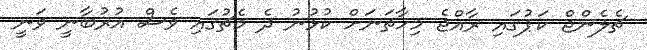
ޗެލެންޖް ކަޕުގައި ރާއްޖެ މިހާތަނަށް ކުޅުނު ދެ މެޗުގައި ވެސް އުރުބާނީ ވަނީ